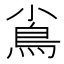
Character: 𩾟